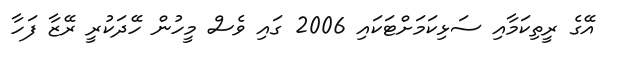
އޭގެ ރީތިކަމާއި ސަޅިކަމަށްޓަކައި 2006 ގައި ވެސް މީހުން ހޭދަކުރީ ރޭޒާ ފަހާ